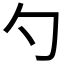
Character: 勺